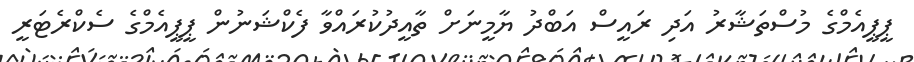
ޕީޕީއެމްގެ މުސްތަޝާރު އަދި ރައީސް އަބްދު ޔާމީނަށް ތާއީދުކުރައްވާ ފެކްޝަނުން ޕީޕީއެމްގެ ސެކްރެޓަރީ